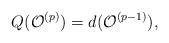
\begin{align*}Q(\mathcal{O}^{(p)})=d(\mathcal{O}^{(p-1)}),\end{align*}